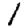
Digit: 1